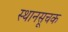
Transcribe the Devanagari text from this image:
स्थानसूचक